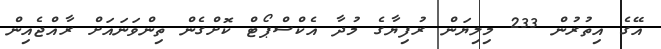
އޭގެ އިތުރުން 233 މިލިޔަން ރުފިޔާގެ މުދާ އެކްސްޕޯޓް ކޮށްގެން ތިންވަނައަށް ރާއްޖެއިން